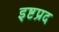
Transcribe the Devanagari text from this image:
इष्टप्रद